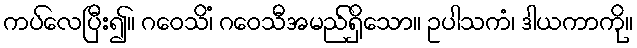
ကပ်လေပြီး၍။ ဂဝေသိံ၊ ဂဝေသီအမည်ရှိသော။ ဥပါသကံ၊ ဒါယကာကို။